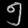
Digit: ၅